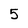
Character: 5